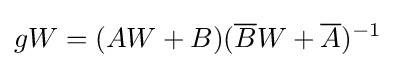
{gW=(AW+B)({\overline {B}}W+{\overline {A}})^{-1}}